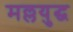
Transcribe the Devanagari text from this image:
मल्लयुद्घ